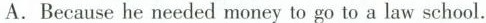
A. Because he needed money to go to a law school.